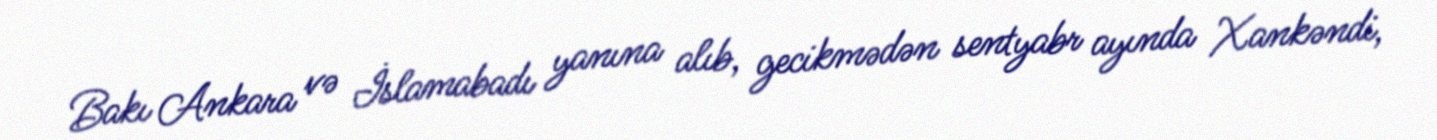
Bakı Ankara və İslamabadı yanına alıb, gecikmədən sentyabr ayında Xankəndi,